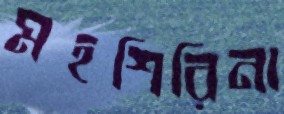
মহশিরিনা